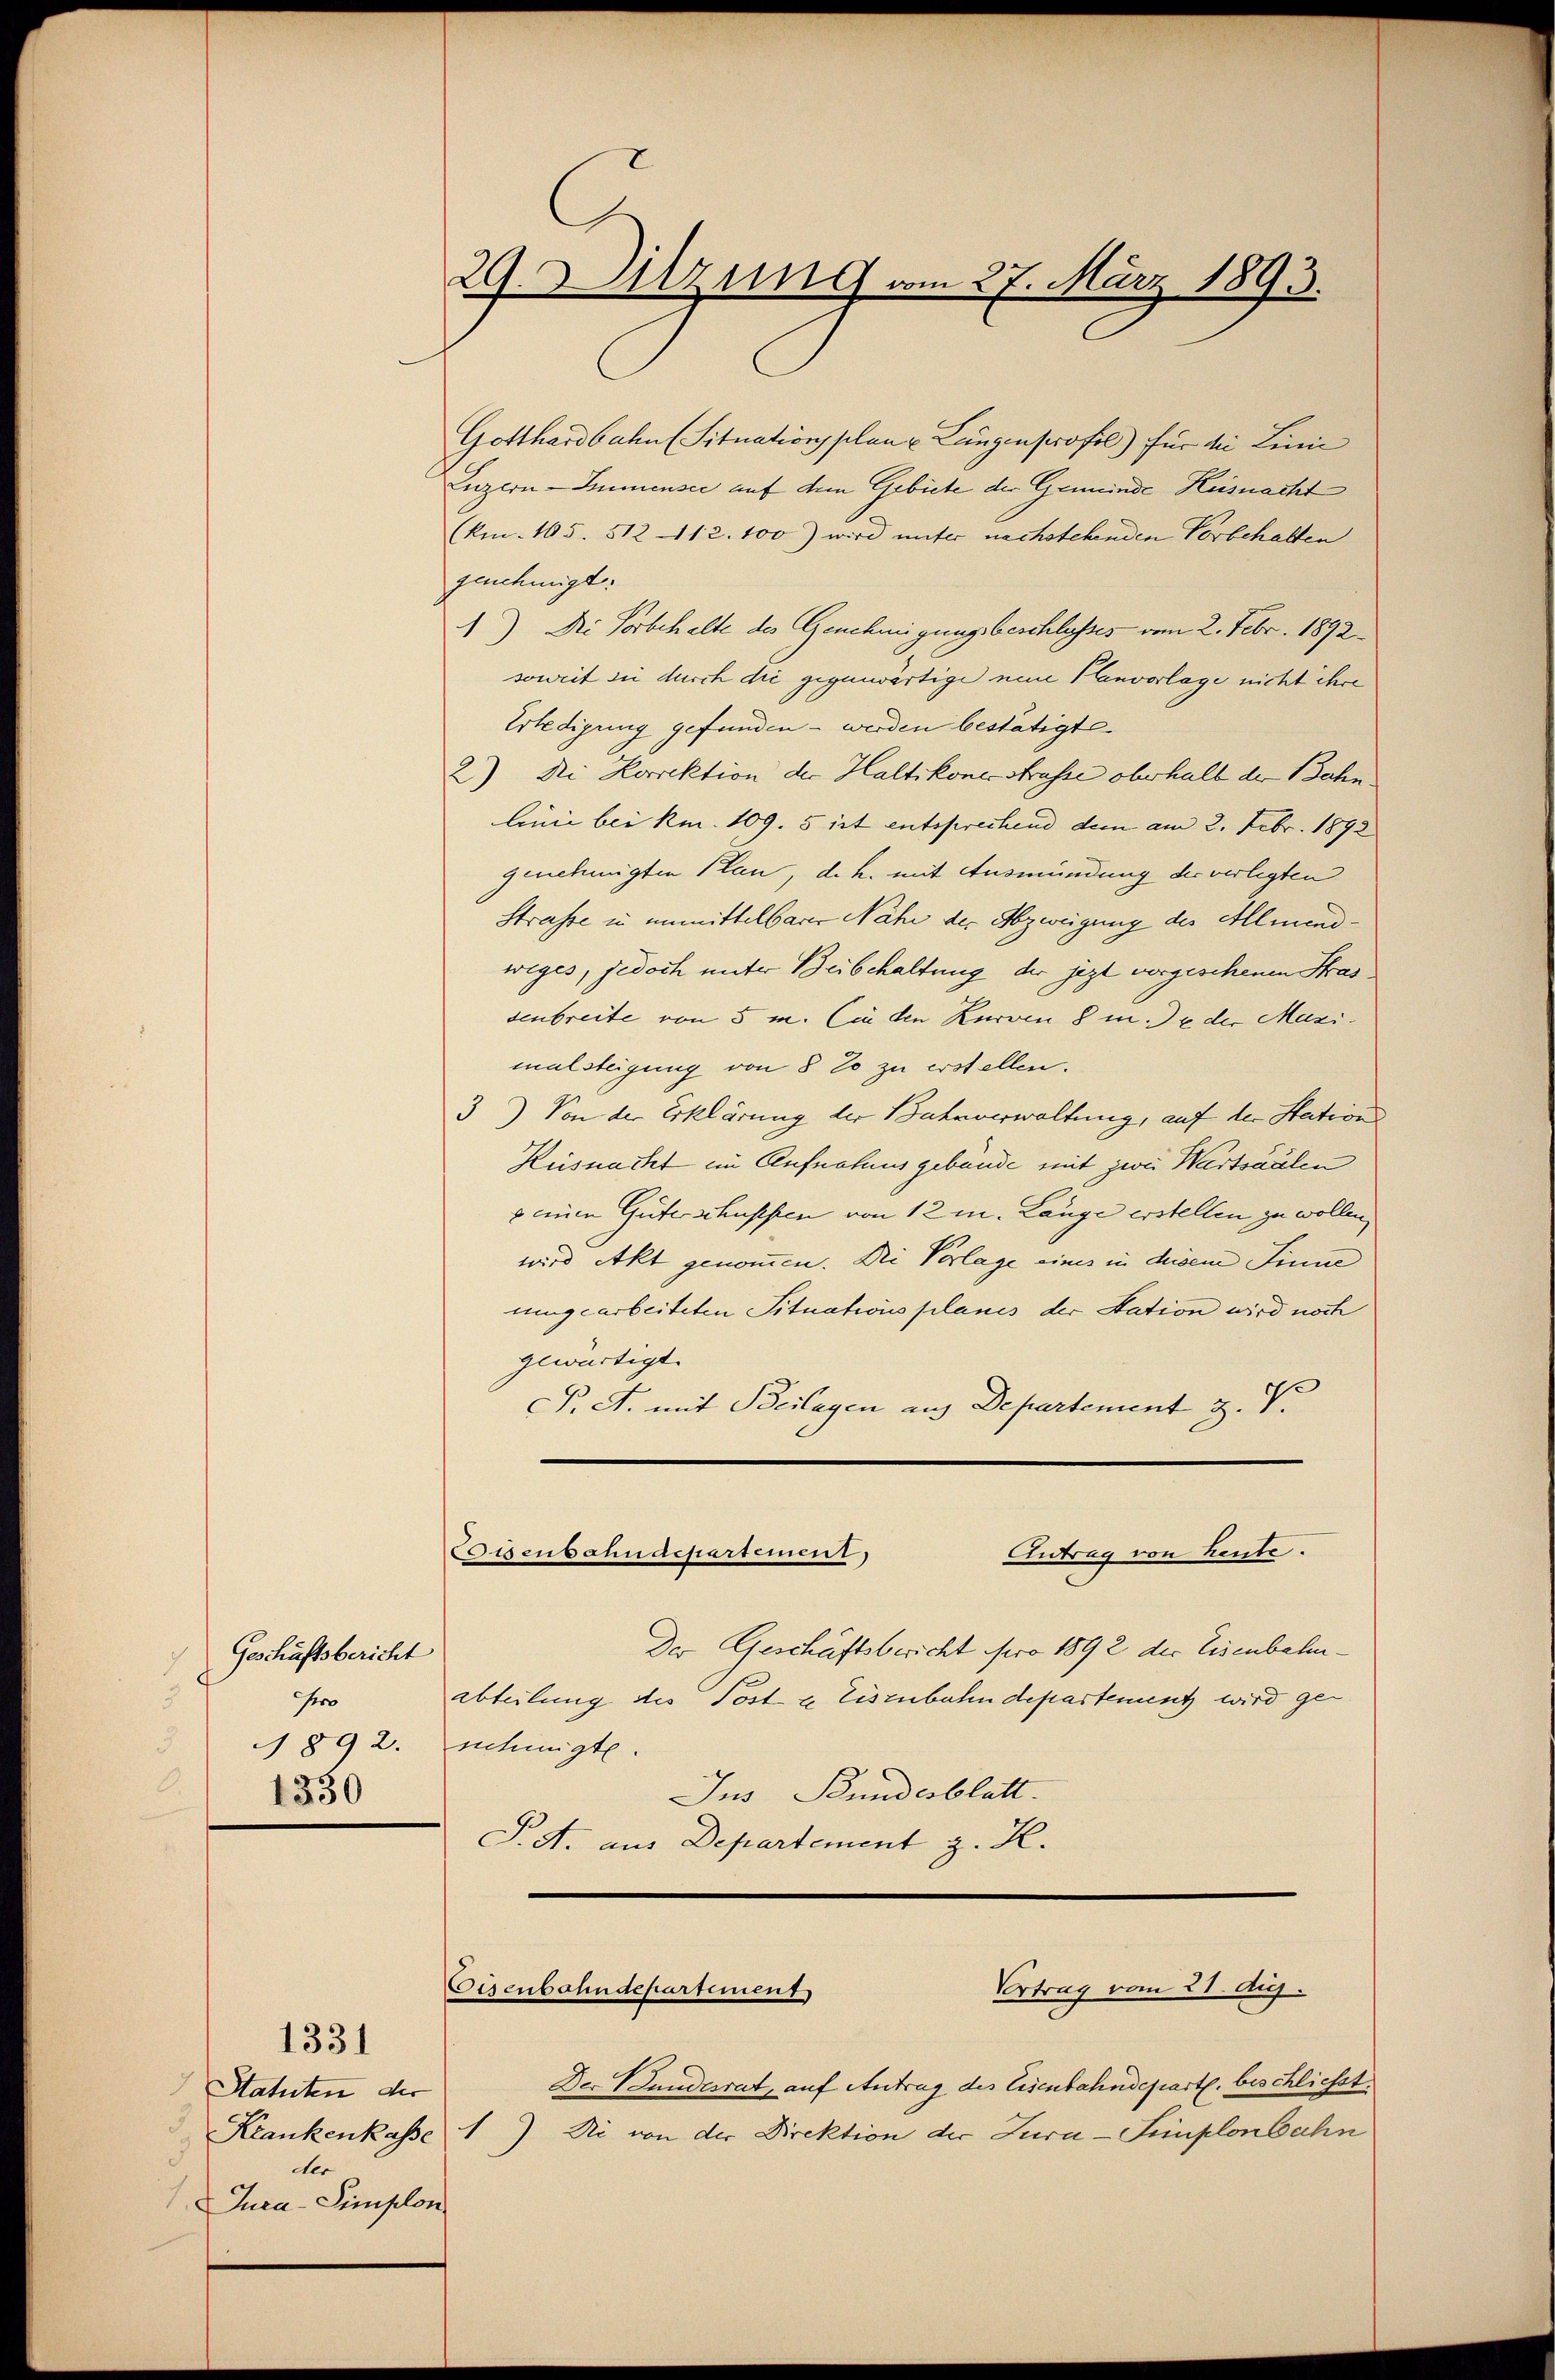
Geschäftsbericht
5
Gero
1892.
.
1330

Gotthardbahn (Situationsplanz Lungenprofil) für die Linie
Luzern Immensee auf dem Gebiete der Gemeinde Heisnacht
(km. 105. 512 —112. 100) wird unter nachstehenden Vorbehalten
genehmigt:
1) Die Vorbehalte des Genehmigungsbeschlusses vom 2. Febr. 1892
soweit zu durch die gegenwärtige neue Planvorlage nicht ihre
Erledigung gefunden - werden bestätigte
2) Di Korrektion der Haltikoner Strasse oberhalb der Bahn.
linie bei kn. 109. 5 ist entsprechend dem am 2. Febr. 1892
genehmigten Plan, d. h. mit Ausmündung der verlegten
Strasse in unmittelbarer Nähe der Abzweigung der Allmendweges, jedoch unter Beibehaltung der jezt vorgeschenen Strassenbreite von 5 m. Cie den Kurven 8 m. u. der Mazimalsteigung von 8 % zu erstellen.
3) Von der Erklärung der Bahrverwaltung, auf der Station
Küsnacht im Aufnahaus gebäude mit zwei Wartsäälen
z einen Güterschussen von 12 m. Länge erstellen zu wollen,
wird Akt genommen. Die Vorlage eines in diesem Sinne
uungearbeiteten Situationsplanis der Station wird noch
glwärtigt.
F. A. mit Beilagen aus Departement Z. V.

Der Geschäftsbericht sero 1892 der Eisenbahnabteilung des Post & Eisenbahndepartement wird genehmigte.
Ins Bundesblatt.
P. A. aus Departement z. K.

1331
Statuten der
3
der
Jura-Simplon

29. Sitzung vom 27. März 1893.

Dr. Bundesrat, auf Antrag des Eisenbahndepartl. beschlichst.
Krankenkasse 1) Ni von der Direktion der Jura - Simplonbahn

Osenbahndepartement
Antrag von heute.

Vortrag vom 21. Aug.
Eisenbahndepartement